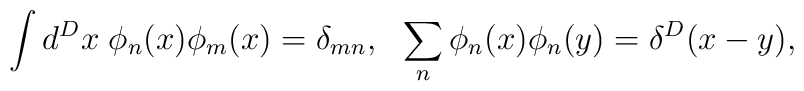
\int d^Dx \; \phi_n(x) \phi_m(x) = \delta_{mn},\:\:\: \sum_n \phi_n(x) \phi_n(y) = \delta^D(x-y),